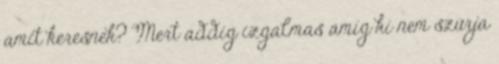
amit keresnek? Mert addig izgalmas amíg ki nem szúrja